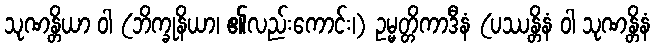
သုဏန္တိယာ ဝါ (ဘိက္ခုနိယာ၊ ၏လည်းကောင်း၊) ဥမ္မတ္တိကာဒီနံ (ပဿန္တိနံ ဝါ သုဏန္တိနံ